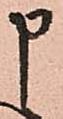
申